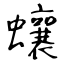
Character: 蠰